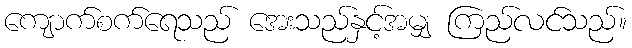
ကျောက်စက်ရေသည် အေးသည်နှင့်အမျှ ကြည်လင်သည်။